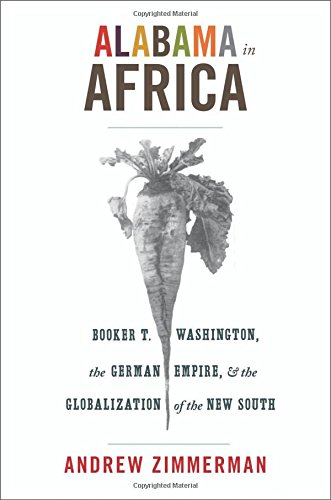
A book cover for Alabama in Africa: Booker T. Washington, the German Empire, and the Globalization of the New South (America in the World); Andrew Zimmerman; History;